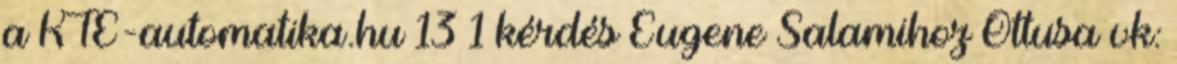
a KTE-automatika.hu 13 1 kérdés Eugene Salamihoz Öttusa vk: